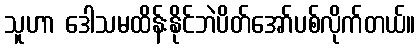
သူဟာ ဒေါသမထိန်းနိုင်ဘဲပိတ်အော်ပစ်လိုက်တယ်။